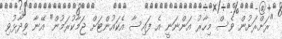
"ރަށްރަށުން ވެސް މިހާރު އަންނަނީ އެ ފައިސާ އެކައުންޓަށް ޖަމާކުރަމުން" އޭނާ ވިދާޅުވި